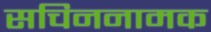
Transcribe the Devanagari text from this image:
सचिननामक